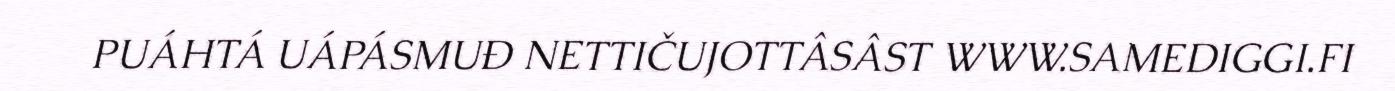
PUÁHTÁ UÁPÁSMUĐ NETTIČUJOTTÂSÂST WWW.SAMEDIGGI.FI